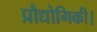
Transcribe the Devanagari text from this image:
प्रौद्योगिकी।